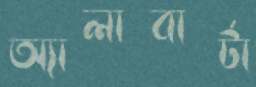
অ্যালাবার্টা